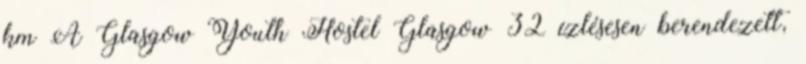
km A Glasgow Youth Hostel Glasgow 32 ízlésesen berendezett,